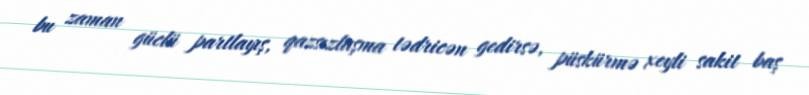
bu zaman güclü partlayış, qazsızlaşma tədricən gedirsə, püskürmə xeyli sakit baş